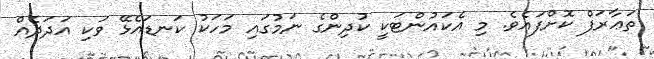
ތަޢާރަފް ކޮށްފައެވެ. މި އެކައުންޓަކީ ކުދިންގެ ނަމުގައި މަހަކު ކަނޑައެޅޭ ވަކި އަދަދެއް